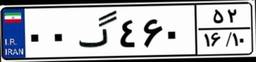
۱۲گ۰۴۰۱۸